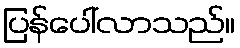
ပြန်ပေါ်လာသည်။